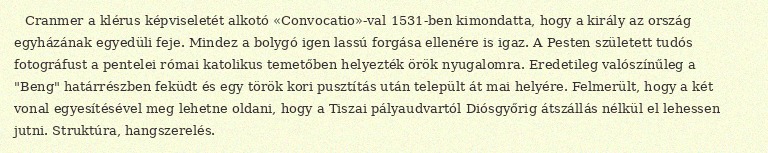
Cranmer a klérus képviseletét alkotó «Convocatio»-val 1531-ben kimondatta, hogy a király az ország egyházának egyedüli feje. Mindez a bolygó igen lassú forgása ellenére is igaz. A Pesten született tudós fotográfust a pentelei római katolikus temetőben helyezték örök nyugalomra. Eredetileg valószínűleg a "Beng" határrészben feküdt és egy török kori pusztítás után települt át mai helyére. Felmerült, hogy a két vonal egyesítésével meg lehetne oldani, hogy a Tiszai pályaudvartól Diósgyőrig átszállás nélkül el lehessen jutni. Struktúra, hangszerelés.